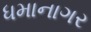
ધમાનાગર